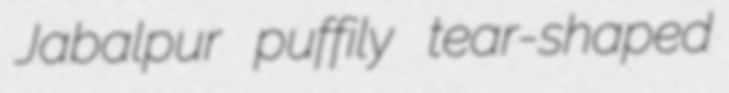
Jabalpur puffily tear-shaped